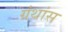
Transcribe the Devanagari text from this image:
ग्रंथांस